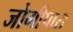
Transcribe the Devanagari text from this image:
जोगीपारा